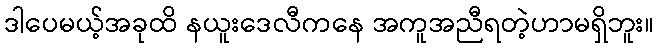
ဒါပေမယ့်အခုထိ နယူးဒေလီကနေ အကူအညီရတဲ့ဟာမရှိဘူး။